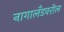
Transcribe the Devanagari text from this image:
नागालँडवरील